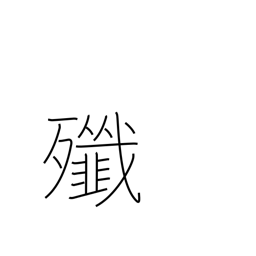
Meaning: massacre